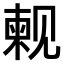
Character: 𫌫